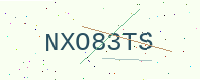
Text: NXO83TS